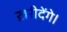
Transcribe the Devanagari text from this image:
ख़रीदेंगे।